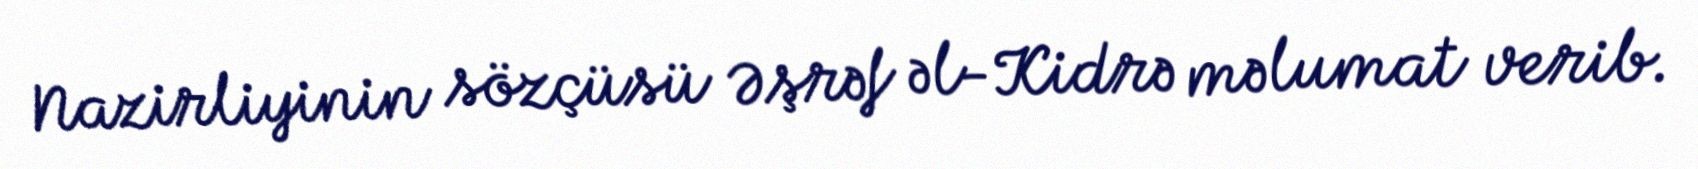
Nazirliyinin sözçüsü Əşrəf əl-Kidrə məlumat verib.